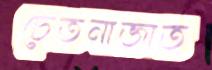
চেতনাজাত